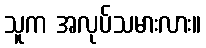
သူက အလုပ်သမားလား။